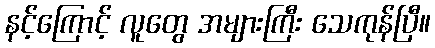
နင့်ကြောင့် လူတွေ အများကြီး သေကုန်ပြီ။